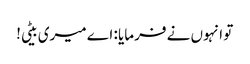
تو انہوں نے فرمایا : اے میری بیٹی!